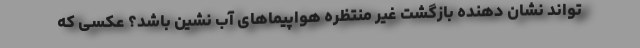
تواند نشان دهنده بازگشت غیر منتظره هواپیماهای آب نشین باشد؟ عکسی که